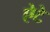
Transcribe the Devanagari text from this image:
ऐटे